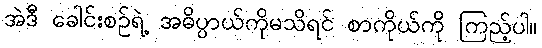
အဲဒီ ခေါင်းစဉ်ရဲ့ အဓိပ္ပာယ်ကိုမသိရင် စာကိုယ်ကို ကြည့်ပါ။